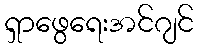
ရှာဖွေရေးအင်ဂျင်